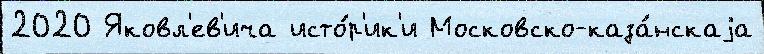
2020 Яковл'ев'ича исто́р'ик'и Московско-каза́нскаjа